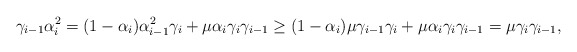
\begin{align*}\gamma_{i-1}\alpha_i^2=(1-\alpha_i)\alpha_{i-1}^2\gamma_i+\mu\alpha_i\gamma_i\gamma_{i-1}\geq(1-\alpha_i)\mu\gamma_{i-1}\gamma_i+\mu\alpha_i\gamma_i\gamma_{i-1}=\mu\gamma_i\gamma_{i-1},\end{align*}